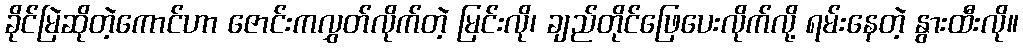
ခိုင်မြဲဆိုတဲ့ကောင်ဟာ ဇောင်းကလွှတ်လိုက်တဲ့ မြင်းလို၊ ချည်တိုင်ဖြေပေးလိုက်လို့ ရမ်းနေတဲ့ နွားထီးလို။